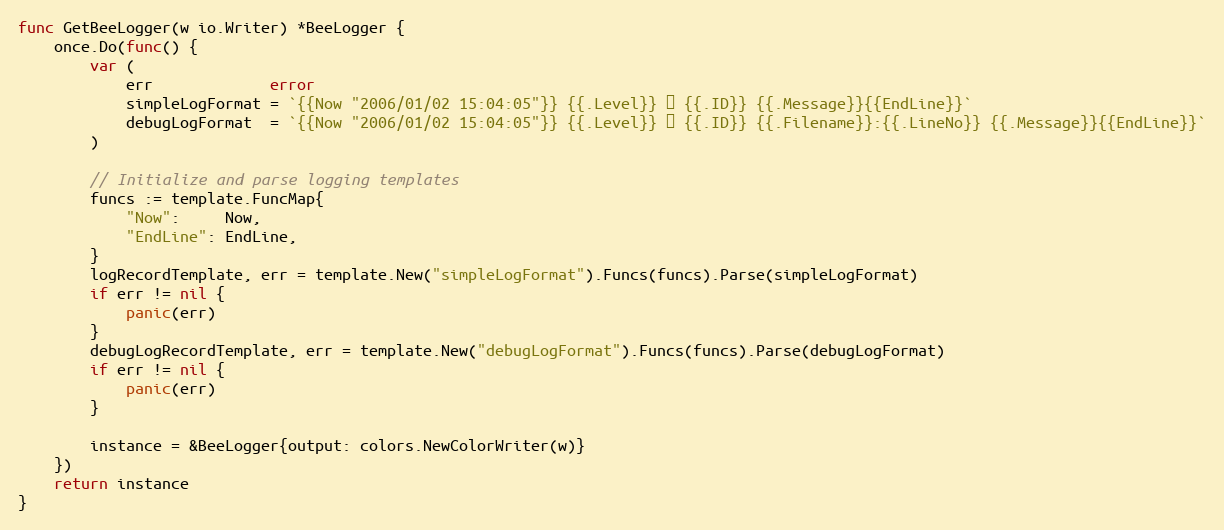
Language: Go
func GetBeeLogger(w io.Writer) *BeeLogger {
	once.Do(func() {
		var (
			err             error
			simpleLogFormat = `{{Now "2006/01/02 15:04:05"}} {{.Level}} ▶ {{.ID}} {{.Message}}{{EndLine}}`
			debugLogFormat  = `{{Now "2006/01/02 15:04:05"}} {{.Level}} ▶ {{.ID}} {{.Filename}}:{{.LineNo}} {{.Message}}{{EndLine}}`
		)

		// Initialize and parse logging templates
		funcs := template.FuncMap{
			"Now":     Now,
			"EndLine": EndLine,
		}
		logRecordTemplate, err = template.New("simpleLogFormat").Funcs(funcs).Parse(simpleLogFormat)
		if err != nil {
			panic(err)
		}
		debugLogRecordTemplate, err = template.New("debugLogFormat").Funcs(funcs).Parse(debugLogFormat)
		if err != nil {
			panic(err)
		}

		instance = &BeeLogger{output: colors.NewColorWriter(w)}
	})
	return instance
}